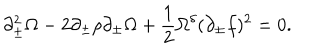
\partial _ { \pm } ^ { 2 } \Omega - 2 \partial _ { \pm } \rho \partial _ { \pm } \Omega + \frac { 1 } { 2 } \Omega ^ { \delta } ( \partial _ { \pm } f ) ^ { 2 } = 0 .